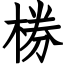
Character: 椦